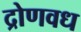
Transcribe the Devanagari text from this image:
द्रोणवध